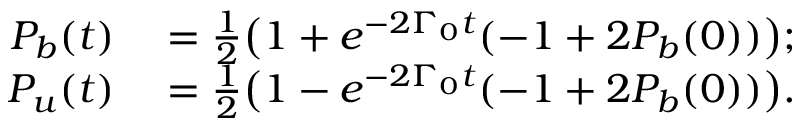
\begin{array} { r l } { P _ { b } ( t ) } & { { } = \frac { 1 } { 2 } \big ( 1 + e ^ { - 2 \Gamma _ { 0 } t } ( - 1 + 2 P _ { b } ( 0 ) ) \big ) ; } \\ { P _ { u } ( t ) } & { { } = \frac { 1 } { 2 } \big ( 1 - e ^ { - 2 \Gamma _ { 0 } t } ( - 1 + 2 P _ { b } ( 0 ) ) \big ) . } \end{array}